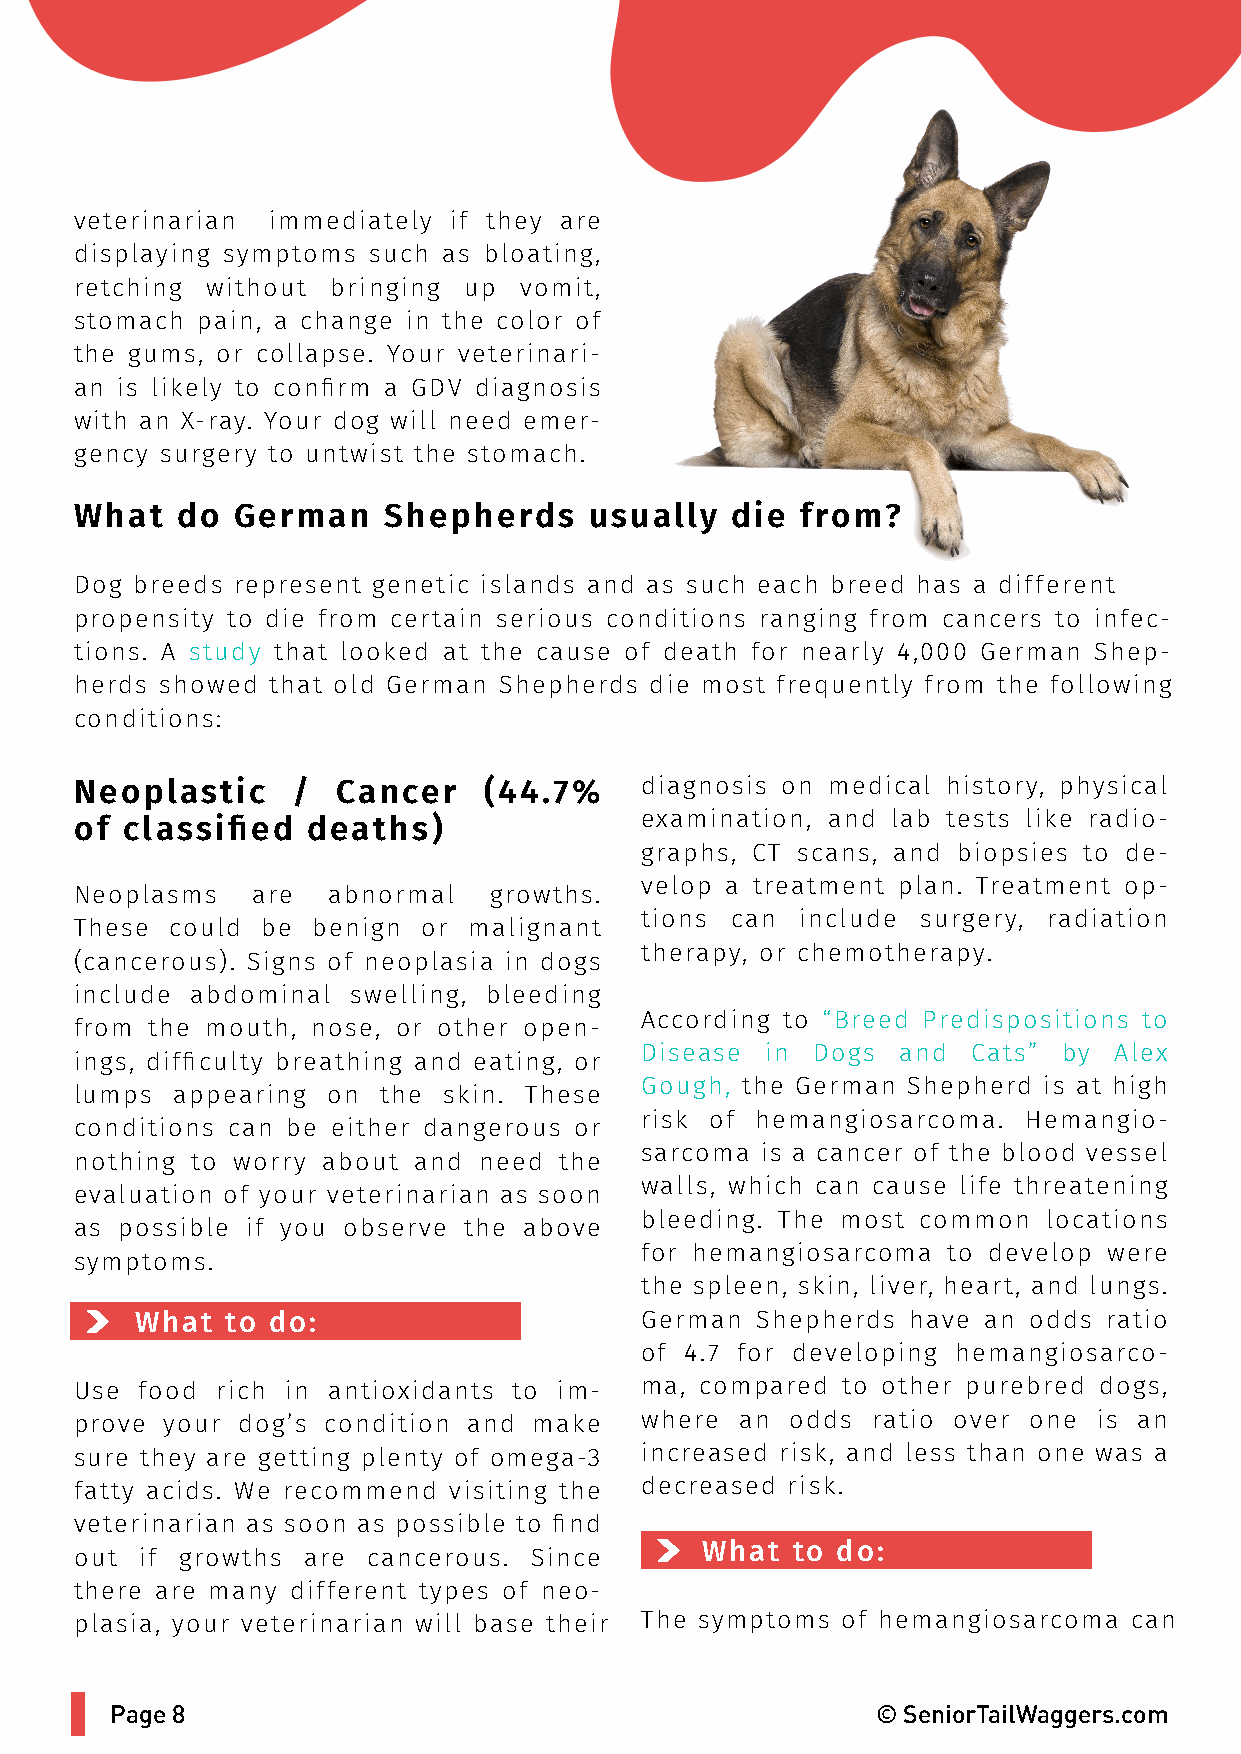
veterinarian immediately if they are
 displaying symptoms such as bloating,
 retching without bringing up vomit,
 stomach pain, a change in the color of
 the gums, or collapse. Your veterinari-
 an is likely to confirm a GDV diagnosis
 with an X-ray. Your dog will need emer-
 gency surgery to untwist the stomach.
 What   do  German   Shepherds     usually  die  from?
 Dog breeds represent genetic islands and as such each breed has a different
 propensity to die from certain serious conditions ranging from cancers to infec-
 tions. A study that looked at the cause of death for nearly 4,000 German Shep-
 herds showed that old German Shepherds die most frequently from the following
 conditions:
 Neoplastic    /  Cancer    (44.7%    diagnosis on medical history, physical
 examination, and lab tests like radio-
 of classified  deaths)
 graphs, CT scans, and biopsies to de-
 velop a treatment plan. Treatment op-
 Neoplasms   are  abnormal  growths.
 tions can  include surgery, radiation
 These could be  benign or malignant
 therapy, or chemotherapy.
 (cancerous). Signs of neoplasia in dogs
 include abdominal swelling, bleeding
 According to “Breed Predispositions to
 from the mouth, nose, or other open-
 Disease  in Dogs  and Cats” by  Alex
 ings, difficulty breathing and eating, or
 Gough, the German Shepherd is at high
 lumps  appearing on the skin. These
 risk of hemangiosarcoma.  Hemangio-
 conditions can be either dangerous or
 sarcoma is a cancer of the blood vessel
 nothing to worry about and need the
 walls, which can cause life threatening
 evaluation of your veterinarian as soon
 bleeding. The most common  locations
 as possible if you observe the above
 for hemangiosarcoma  to develop were
 symptoms.
 the spleen, skin, liver, heart, and lungs.
 What  to do:                     German  Shepherds have an odds ratio
 of 4.7 for developing hemangiosarco-
 Use food rich in antioxidants to im- ma, compared  to other purebred dogs,
 prove your dog’s condition and make  where  an odds  ratio over one is an
 sure they are getting plenty of omega-3 increased risk, and less than one was a
 fatty acids. We recommend visiting the decreased risk.
 veterinarian as soon as possible to find
 What  to do:
 out if growths are cancerous. Since
 there are many different types of neo-
 plasia, your veterinarian will base their The symptoms of hemangiosarcoma can
 Page 8                                             © SeniorTailWaggers.com